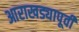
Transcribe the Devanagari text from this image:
आराखड्यापूर्वी